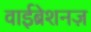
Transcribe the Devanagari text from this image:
वाईब्रेशनज़